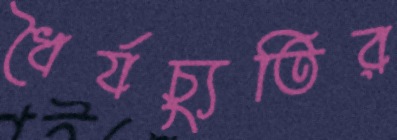
ধৈর্যচ্যুতির